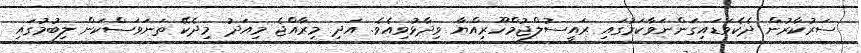
ސަރުކާރުން ދެކެވަޑައިގަންނަވާކަމުގައި ރައީސުލްޖުމްހޫރިއްޔާ ވިދާޅުވިއެވެ. އަދި މިރާއްޖެ މިއަދު މިދެކޭ ތަނަވަސްކަން ލިބުމުގައި